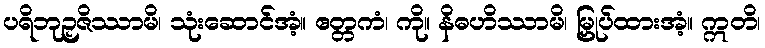
ပရိဘုဉှဇိဿာမိ၊ သုံးဆောင်အံ့။ ဧတ္တကံ၊ ကို။ နိဓဟိဿာမိ၊ မြှုပ်ထားအံ့။ ဣတိ၊